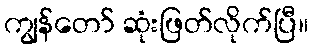
ကျွန်တော် ဆုံးဖြတ်လိုက်ပြီ။